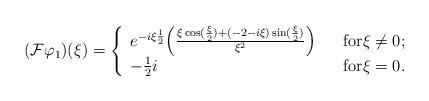
LaTeX: \begin{align*}( \mathcal{F} \varphi_{1} ) (\xi) = \left\{ \begin{array}{lll} e^{- i \xi \frac{1}{2}} \Big ( \frac{ \xi \cos(\frac{\xi}{2}) + (-2- i \xi) \sin(\frac{\xi}{2})}{\xi^{2}} \Big ) & & \mbox{for} \xi \not = 0 ;\\ - \frac{1}{2} i & & \mbox{for} \xi = 0 .\\\end{array}\right.\end{align*}